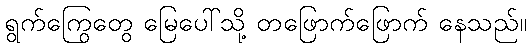
ရွက်ကြွေတွေ မြေပေါ်သို့ တဖြောက်ဖြောက် နေသည်။